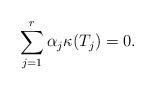
LaTeX: \begin{align*}\sum_{j=1}^r \alpha_j \kappa(T_j)=0.\end{align*}